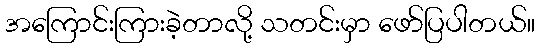
အကြောင်းကြားခဲ့တာလို့ သတင်းမှာ ဖော်ပြပါတယ်။